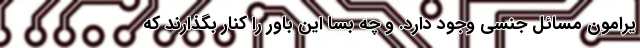
یرامون مسائل جنسی وجود دارد. و چه بسا این باور را کنار بگذارند که